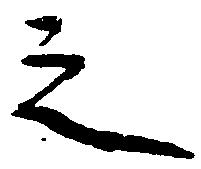
之